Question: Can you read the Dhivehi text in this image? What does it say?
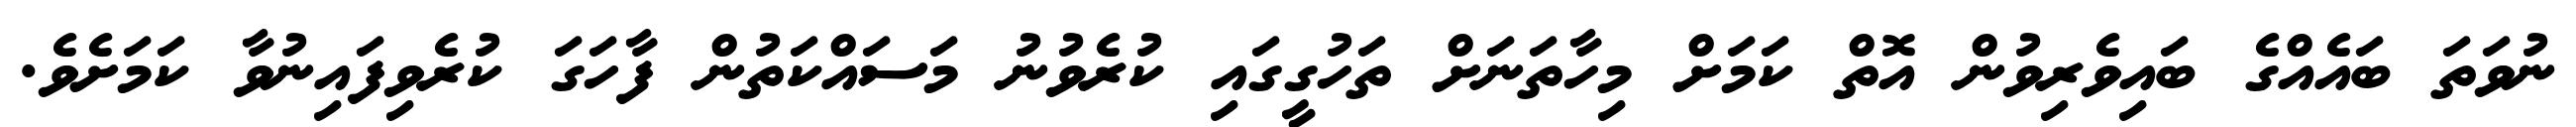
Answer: ނުވަތަ ބައެއްގެ ބައިވެރިވުން އޮތް ކަމަށް މިހާތަނަށް ތަހުގީގައި ކުރެވުނު މަސައްކަތުން ފާހަގަ ކުރެވިފައިނުވާ ކަމަށެވެ.